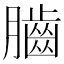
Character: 𦢠